Preliminary report on the killing of rats and rat fleas by hydrocyanic acid gas - Number 38
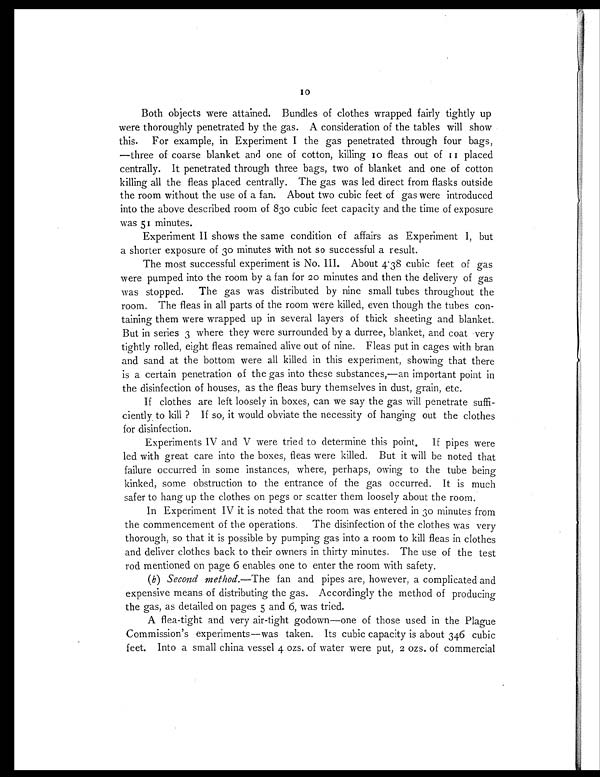
Both objects were attained. Bundles of clothes wrapped fairly tightly up
were thoroughly penetrated by the gas. A consideration of the tables will show
this. For example, in Experiment I the gas penetrated through four bags,
—three of coarse blanket and one of cotton, killing 10 fleas out of 11 placed
centrally. It penetrated through three bags, two of blanket and one of cotton
killing all the fleas placed centrally. The gas was led direct from flasks outside
the room without the use of a fan. About two cubic feet of gas were introduced
into the above described room of 830 cubic feet capacity and the time of exposure
was 51 minutes.
Experiment II shows the same condition of affairs as Experiment I, but
a shorter exposure of 30 minutes with not so successful a result.
The most successful experiment is No. III. About 4.38 cubic feet of gas
were pumped into the room by a fan for 20 minutes and then the delivery of gas
was stopped. The gas was distributed by nine small tubes throughout the
room. The fleas in all parts of the room were killed, even though the tubes con-
taining them were wrapped up in several layers of thick sheeting and blanket.
But in series 3 where they were surrounded by a durree, blanket, and coat very
tightly rolled, eight fleas remained alive out of nine. Fleas put in cages with bran
and sand at the bottom were all killed in this experiment, showing that there
is a certain penetration of the gas into these substances,—an important point in
the disinfection of houses, as the fleas bury themselves in dust, grain, etc.
If clothes are left loosely in boxes, can we say the gas will penetrate suffi-
ciently to kill? If so, it would obviate the necessity of hanging out the clothes
for disinfection.
Experiments IV and V were tried to determine this point. If pipes were
led with great care into the boxes, fleas were killed. But it will be noted that
failure occurred in some instances, where, perhaps, owing to the tube being
kinked, some obstruction to the entrance of the gas occurred. It is much
safer to hang up the clothes on pegs or scatter them loosely about the room.
In Experiment IV it is noted that the room was entered in 30 minutes from
the commencement of the operations. The disinfection of the clothes was very
thorough, so that it is possible by pumping gas into a room to kill fleas in clothes
and deliver clothes back to their owners in thirty minutes. The use of the test
rod mentioned on page 6 enables one to enter the room with safety.
(b) Second method.— The fan and pipes are, however, a complicated and
expensive means of distributing the gas. Accordingly the method of producing
the gas, as detailed on pages 5 and 6, was tried.
A flea-tight and very air-tight godown—one of those used in the Plague
Commission's experiments—was taken. Its cubic capacity is about 346 cubic
feet. Into a small china vessel 4 ozs. of water were put, 2 ozs. of commercial